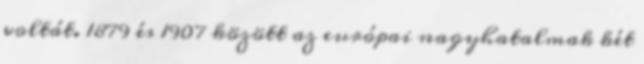
voltát. 1879 és 1907 között az európai nagyhatalmak két